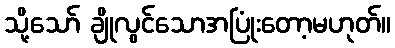
သို့သော် ချိုလွင်သောအပြုံးတော့မဟုတ်။